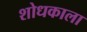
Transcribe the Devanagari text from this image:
शोधकाला